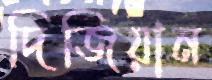
দিজিয়ান